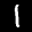
Label: 1